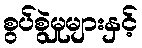
စွပ်စွဲမှုများနှင့်